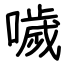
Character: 噦